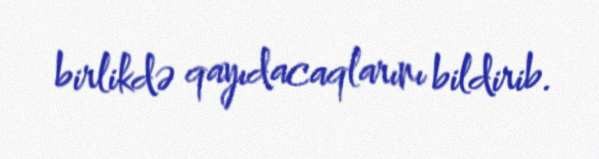
birlikdə qayıdacaqlarını bildirib.